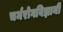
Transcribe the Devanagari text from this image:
चर्मरोगविज्ञानी